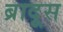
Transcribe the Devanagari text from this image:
ब्रादूस